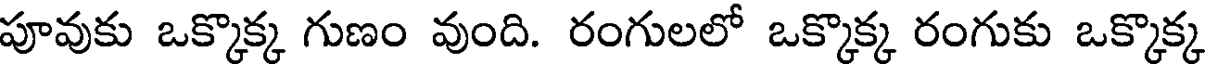
పూవుకు ఒక్కొక్క గుణం వుంది. రంగులలో ఒక్కొక్క రంగుకు ఒక్కొక్క